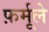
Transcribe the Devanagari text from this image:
फ़र्मूले